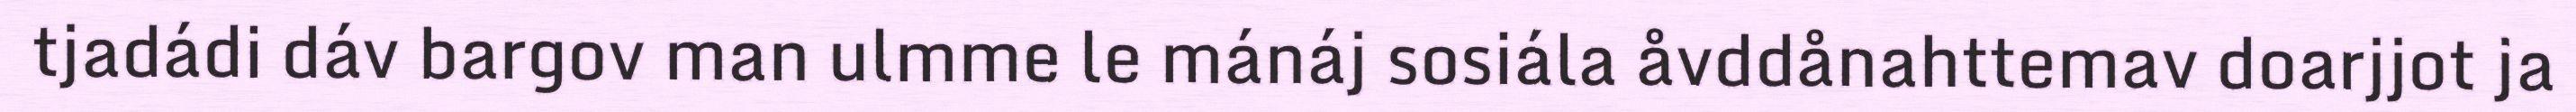
tjadádi dáv bargov man ulmme le mánáj sosiála åvddånahttemav doarjjot ja